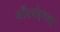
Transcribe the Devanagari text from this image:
सौंदर्यदृष्ट्या